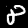
Label: 8